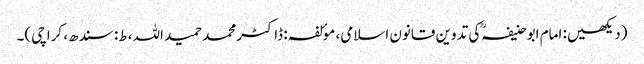
(دیکھیں: امام ابوحنیفہکی تدوین قانون اسلامی، موٴلفہ: ڈاکٹر محمد حمید اللہ، ط: سندھ، کراچی)۔